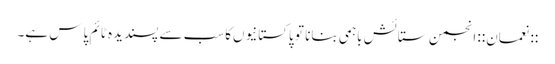
::نعمان:: انجمن ستائش باہمی بنانا تو پاکستانیوں‌کاسب سے پسندیدہ ٹائم پاس ہے۔